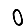
Digit: 0